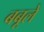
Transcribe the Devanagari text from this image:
बबूले